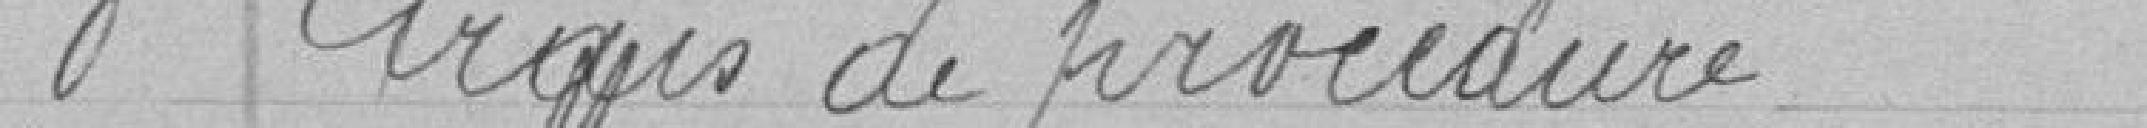
brquis de procedure